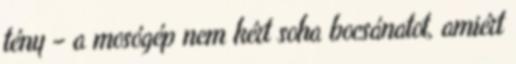
tény – a mosógép nem kért soha bocsánatot, amiért